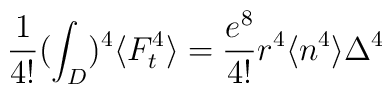
\frac{1}{4!}(\int_{D})^{4}\langle F_{t}^{4}\rangle =\frac{e^{8}}{4!}r^{4}\langle n^{4}\rangle\Delta^{4}